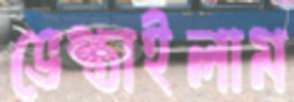
ভেস্তাইলাম